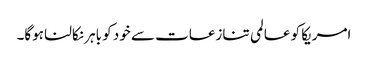
امریکا کو عالمی تنازعات سے خود کو باہر نکالنا ہوگا۔